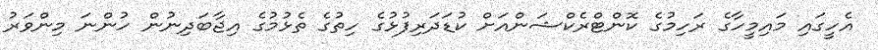
އެހީގައި މައިމީހާގެ ރަހިމުގެ ކޮންޓްރެކްޝަންއަށް ކުޑަދަރިފުޅުގެ ހިތުގެ ތެޅުމުގެ އިޖާބަދިނުން ހުންނަ މިންވަރު